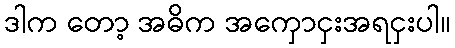
ဒါက တော့ အဓိက အကှောငှးအရငှးပါ။